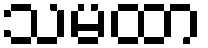
သမထာ